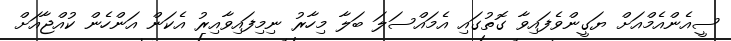
ސީއެންއެމްއަށް ޔަގީންވެފައިވާ ގޮތުގައި އެމައްސަލަ ބަލާ މިހާރު ނިމިފައިވާއިރު އެކަން އަންހެން ކުއްޖާއަށް